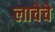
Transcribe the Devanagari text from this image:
लाचेचे